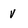
Character: v